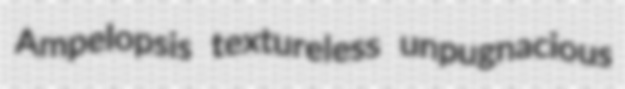
Ampelopsis textureless unpugnacious